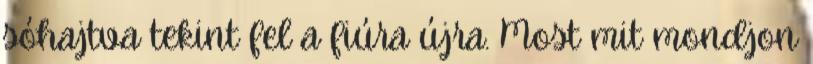
sóhajtva tekint fel a fiúra újra. Most mit mondjon